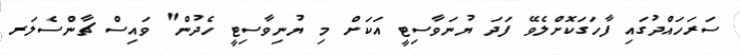
ސަރަހައްދުގައި ފާހަގަކޮށްލެވޭ ފަދަ ޔުނަވާސިޓީ އަކަށް މި ޔުނިވާސިޓީ ހެދުން" ވައިސް ޗާންސެލަރ